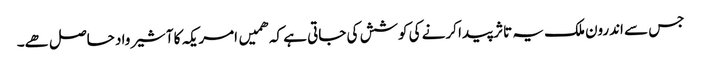
جس سے اندرون ملک یہ تاثر پیدا کرنے کی کوشش کی جاتی ہے کہ ھمیں امریکہ کا آشیرواد حاصل ھے۔